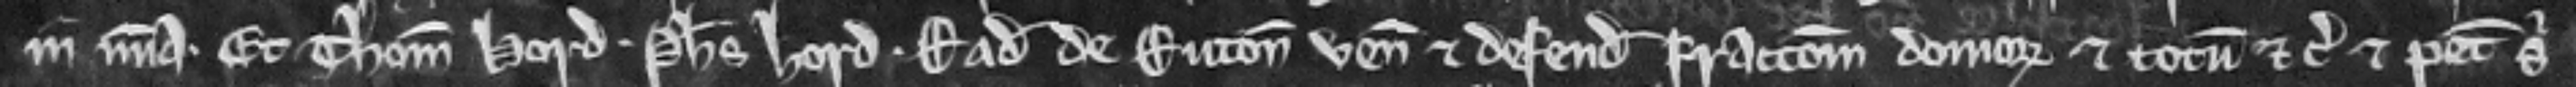
in misericordia. Et Thomas Hord. Philippus Hord. Radulfus de Ruton veniunt et defendunt fraccionem domorum et totum etc. et petit sibi